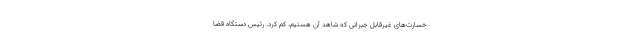
خسارت‌های غیرقابل جبرانی که شاهد آن هستیم، کم کرد. رئیس دستگاه قضا